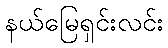
နယ်မြေရှင်းလင်း